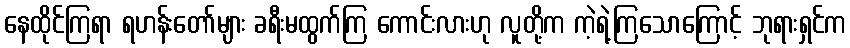
နေထိုင်ကြရာ ရဟန်းတော်များ ခရီးမထွက်ကြ ကောင်းလားဟု လူတို့က ကဲ့ရဲ့ကြသောကြောင့် ဘုရားရှင်က